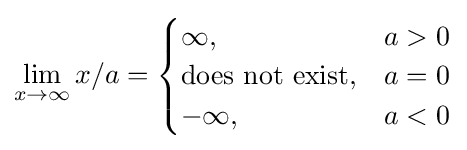
\lim _{x\to \infty }x/a={\begin{cases}\infty ,&a>0\\{\text{does not exist}},&a=0\\-\infty ,&a<0\end{cases}}